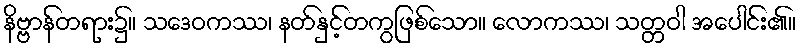
နိဗ္ဗာန်တရား၌။ သဒေဝကဿ၊ နတ်နှင့်တကွဖြစ်သော။ လောကဿ၊ သတ္တဝါ အပေါင်း၏။